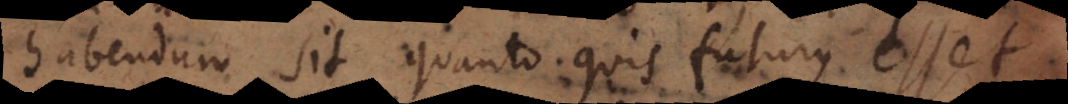
habendum sit, quanto quis futurus esset